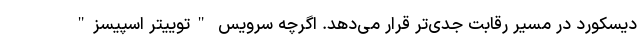
دیسکورد در مسیر رقابت جدی‌تر قرار می‌دهد. اگرچه سرویس "توییتر اسپیسز"